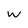
Character: w